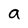
Character: a